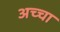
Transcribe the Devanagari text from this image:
अच्‍चा